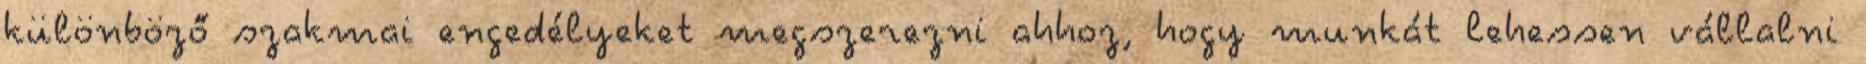
különböző szakmai engedélyeket megszerezni ahhoz, hogy munkát lehessen vállalni